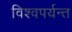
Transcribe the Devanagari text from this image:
विश्वपर्यन्त